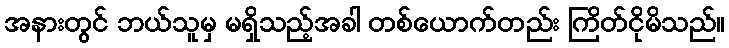
အနားတွင် ဘယ်သူမှ မရှိသည့်အခါ တစ်ယောက်တည်း ကြိတ်ငိုမိသည်။